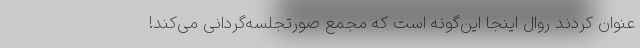
عنوان کردند روال اینجا این‌گونه است که مجمع صورتجلسه‌گردانی می‌کند!